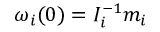
\omega _ { i } ( 0 ) = I _ { i } ^ { - 1 } m _ { i }